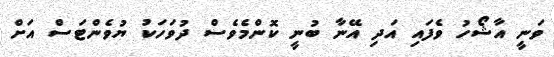
ވަނީ އާޝޯހު ވެފައި އަދި އޭނާ ބުނީ ކޮންމެވެސް ދުވަހަކު ޔުވެންޓަސް އަށް